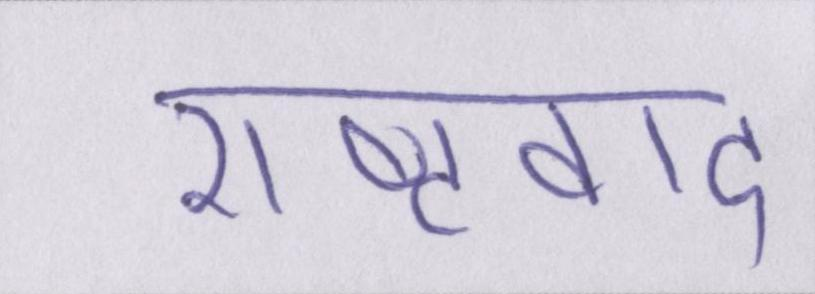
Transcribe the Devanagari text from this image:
राष्ट्रवाद